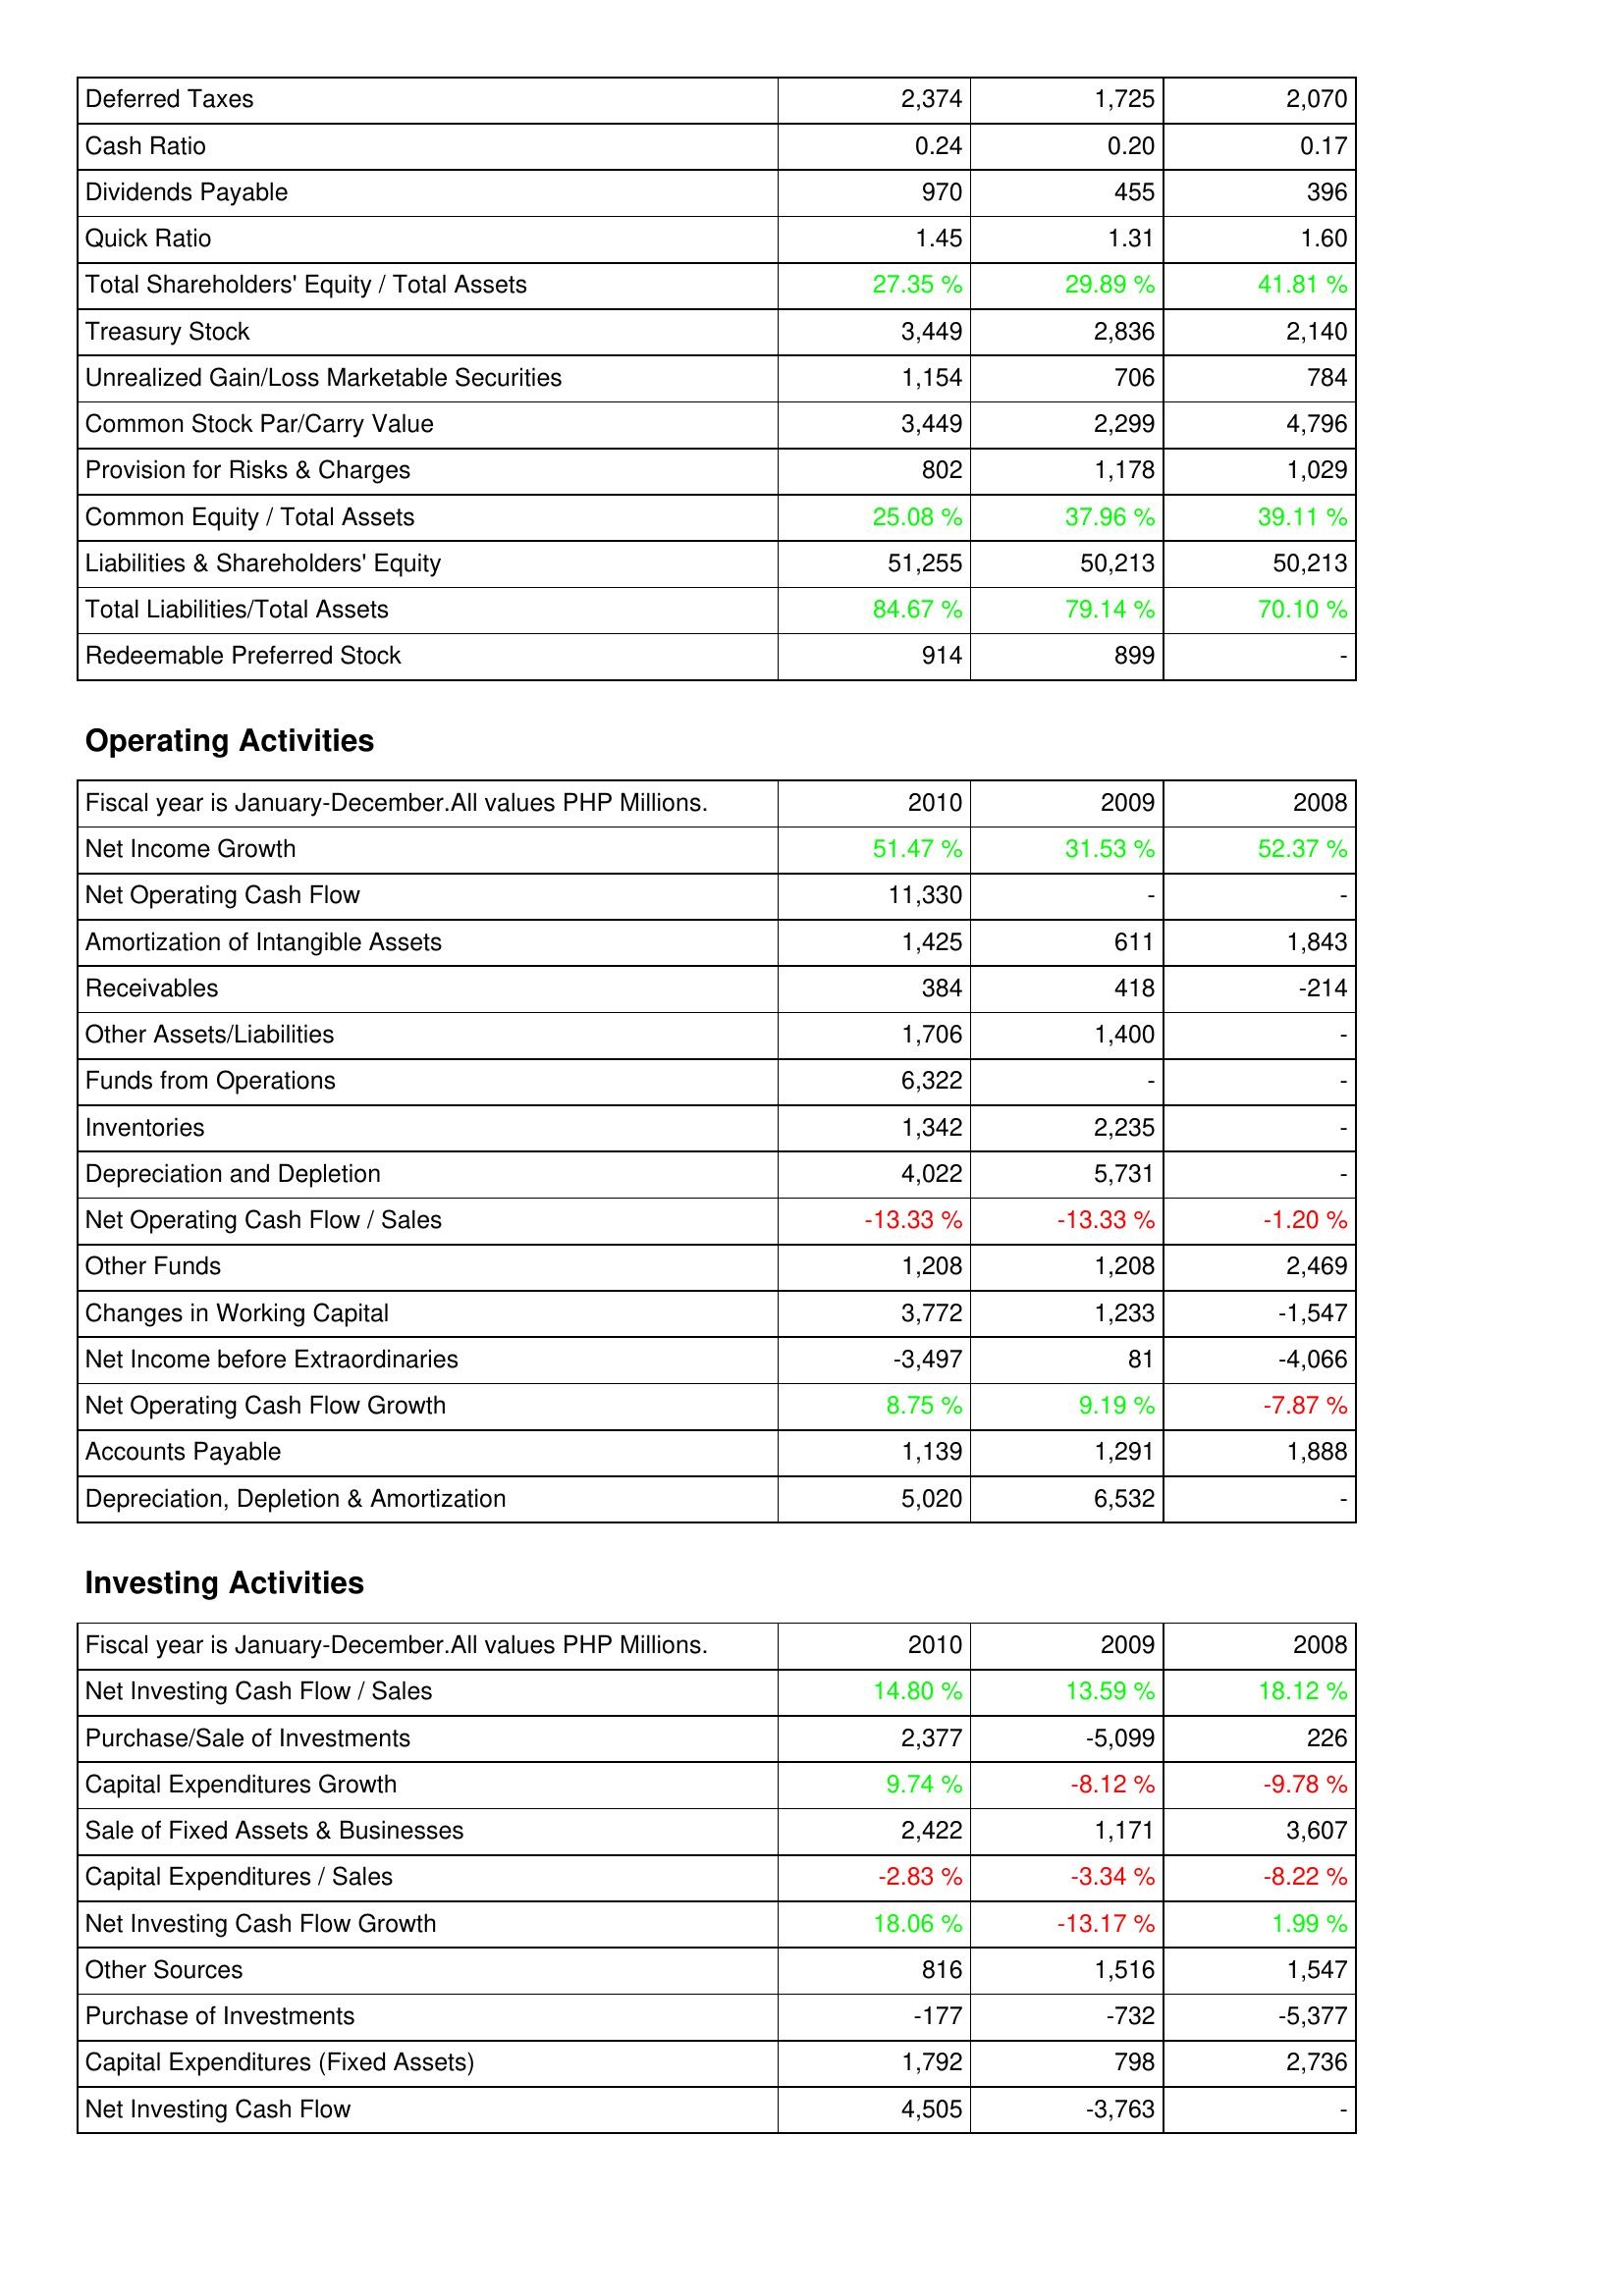
2010: Liabilities & Shareholders' Equity: Deferred Taxes: 2,374
Cash Ratio: 0.24
Dividends Payable: 970
Quick Ratio: 1.45
Total Shareholders' Equity / Total Assets: 27.35 %
Treasury Stock: 3,449
Unrealized Gain/Loss Marketable Securities: 1,154
Common Stock Par/Carry Value: 3,449
Provision for Risks & Charges: 802
Common Equity / Total Assets: 25.08 %
Liabilities & Shareholders' Equity: 51,255
Total Liabilities/Total Assets: 84.67 %
Redeemable Preferred Stock: 914
Operating Activities: Net Income Growth: 51.47 %
Net Operating Cash Flow: 11,330
Amortization of Intangible Assets: 1,425
Receivables: 384
Other Assets/Liabilities: 1,706
Funds from Operations: 6,322
Inventories: 1,342
Depreciation and Depletion: 4,022
Net Operating Cash Flow / Sales: -13.33 %
Other Funds: 1,208
Changes in Working Capital: 3,772
Net Income before Extraordinaries: -3,497
Net Operating Cash Flow Growth: 8.75 %
Accounts Payable: 1,139
Depreciation, Depletion & Amortization: 5,020
Investing Activities: Net Investing Cash Flow / Sales: 14.80 %
Purchase/Sale of Investments: 2,377
Capital Expenditures Growth: 9.74 %
Sale of Fixed Assets & Businesses: 2,422
Capital Expenditures / Sales: -2.83 %
Net Investing Cash Flow Growth: 18.06 %
Other Sources: 816
Purchase of Investments: -177
Capital Expenditures (Fixed Assets): 1,792
Net Investing Cash Flow: 4,505
2009: Liabilities & Shareholders' Equity: Deferred Taxes: 1,725
Cash Ratio: 0.20
Dividends Payable: 455
Quick Ratio: 1.31
Total Shareholders' Equity / Total Assets: 29.89 %
Treasury Stock: 2,836
Unrealized Gain/Loss Marketable Securities: 706
Common Stock Par/Carry Value: 2,299
Provision for Risks & Charges: 1,178
Common Equity / Total Assets: 37.96 %
Liabilities & Shareholders' Equity: 50,213
Total Liabilities/Total Assets: 79.14 %
Redeemable Preferred Stock: 899
Operating Activities: Net Income Growth: 31.53 %
Net Operating Cash Flow: -
Amortization of Intangible Assets: 611
Receivables: 418
Other Assets/Liabilities: 1,400
Funds from Operations: -
Inventories: 2,235
Depreciation and Depletion: 5,731
Net Operating Cash Flow / Sales: -13.33 %
Other Funds: 1,208
Changes in Working Capital: 1,233
Net Income before Extraordinaries: 81
Net Operating Cash Flow Growth: 9.19 %
Accounts Payable: 1,291
Depreciation, Depletion & Amortization: 6,532
Investing Activities: Net Investing Cash Flow / Sales: 13.59 %
Purchase/Sale of Investments: -5,099
Capital Expenditures Growth: -8.12 %
Sale of Fixed Assets & Businesses: 1,171
Capital Expenditures / Sales: -3.34 %
Net Investing Cash Flow Growth: -13.17 %
Other Sources: 1,516
Purchase of Investments: -732
Capital Expenditures (Fixed Assets): 798
Net Investing Cash Flow: -3,763
2008: Liabilities & Shareholders' Equity: Deferred Taxes: 2,070
Cash Ratio: 0.17
Dividends Payable: 396
Quick Ratio: 1.60
Total Shareholders' Equity / Total Assets: 41.81 %
Treasury Stock: 2,140
Unrealized Gain/Loss Marketable Securities: 784
Common Stock Par/Carry Value: 4,796
Provision for Risks & Charges: 1,029
Common Equity / Total Assets: 39.11 %
Liabilities & Shareholders' Equity: 50,213
Total Liabilities/Total Assets: 70.10 %
Redeemable Preferred Stock: -
Operating Activities: Net Income Growth: 52.37 %
Net Operating Cash Flow: -
Amortization of Intangible Assets: 1,843
Receivables: -214
Other Assets/Liabilities: -
Funds from Operations: -
Inventories: -
Depreciation and Depletion: -
Net Operating Cash Flow / Sales: -1.20 %
Other Funds: 2,469
Changes in Working Capital: -1,547
Net Income before Extraordinaries: -4,066
Net Operating Cash Flow Growth: -7.87 %
Accounts Payable: 1,888
Depreciation, Depletion & Amortization: -
Investing Activities: Net Investing Cash Flow / Sales: 18.12 %
Purchase/Sale of Investments: 226
Capital Expenditures Growth: -9.78 %
Sale of Fixed Assets & Businesses: 3,607
Capital Expenditures / Sales: -8.22 %
Net Investing Cash Flow Growth: 1.99 %
Other Sources: 1,547
Purchase of Investments: -5,377
Capital Expenditures (Fixed Assets): 2,736
Net Investing Cash Flow: -